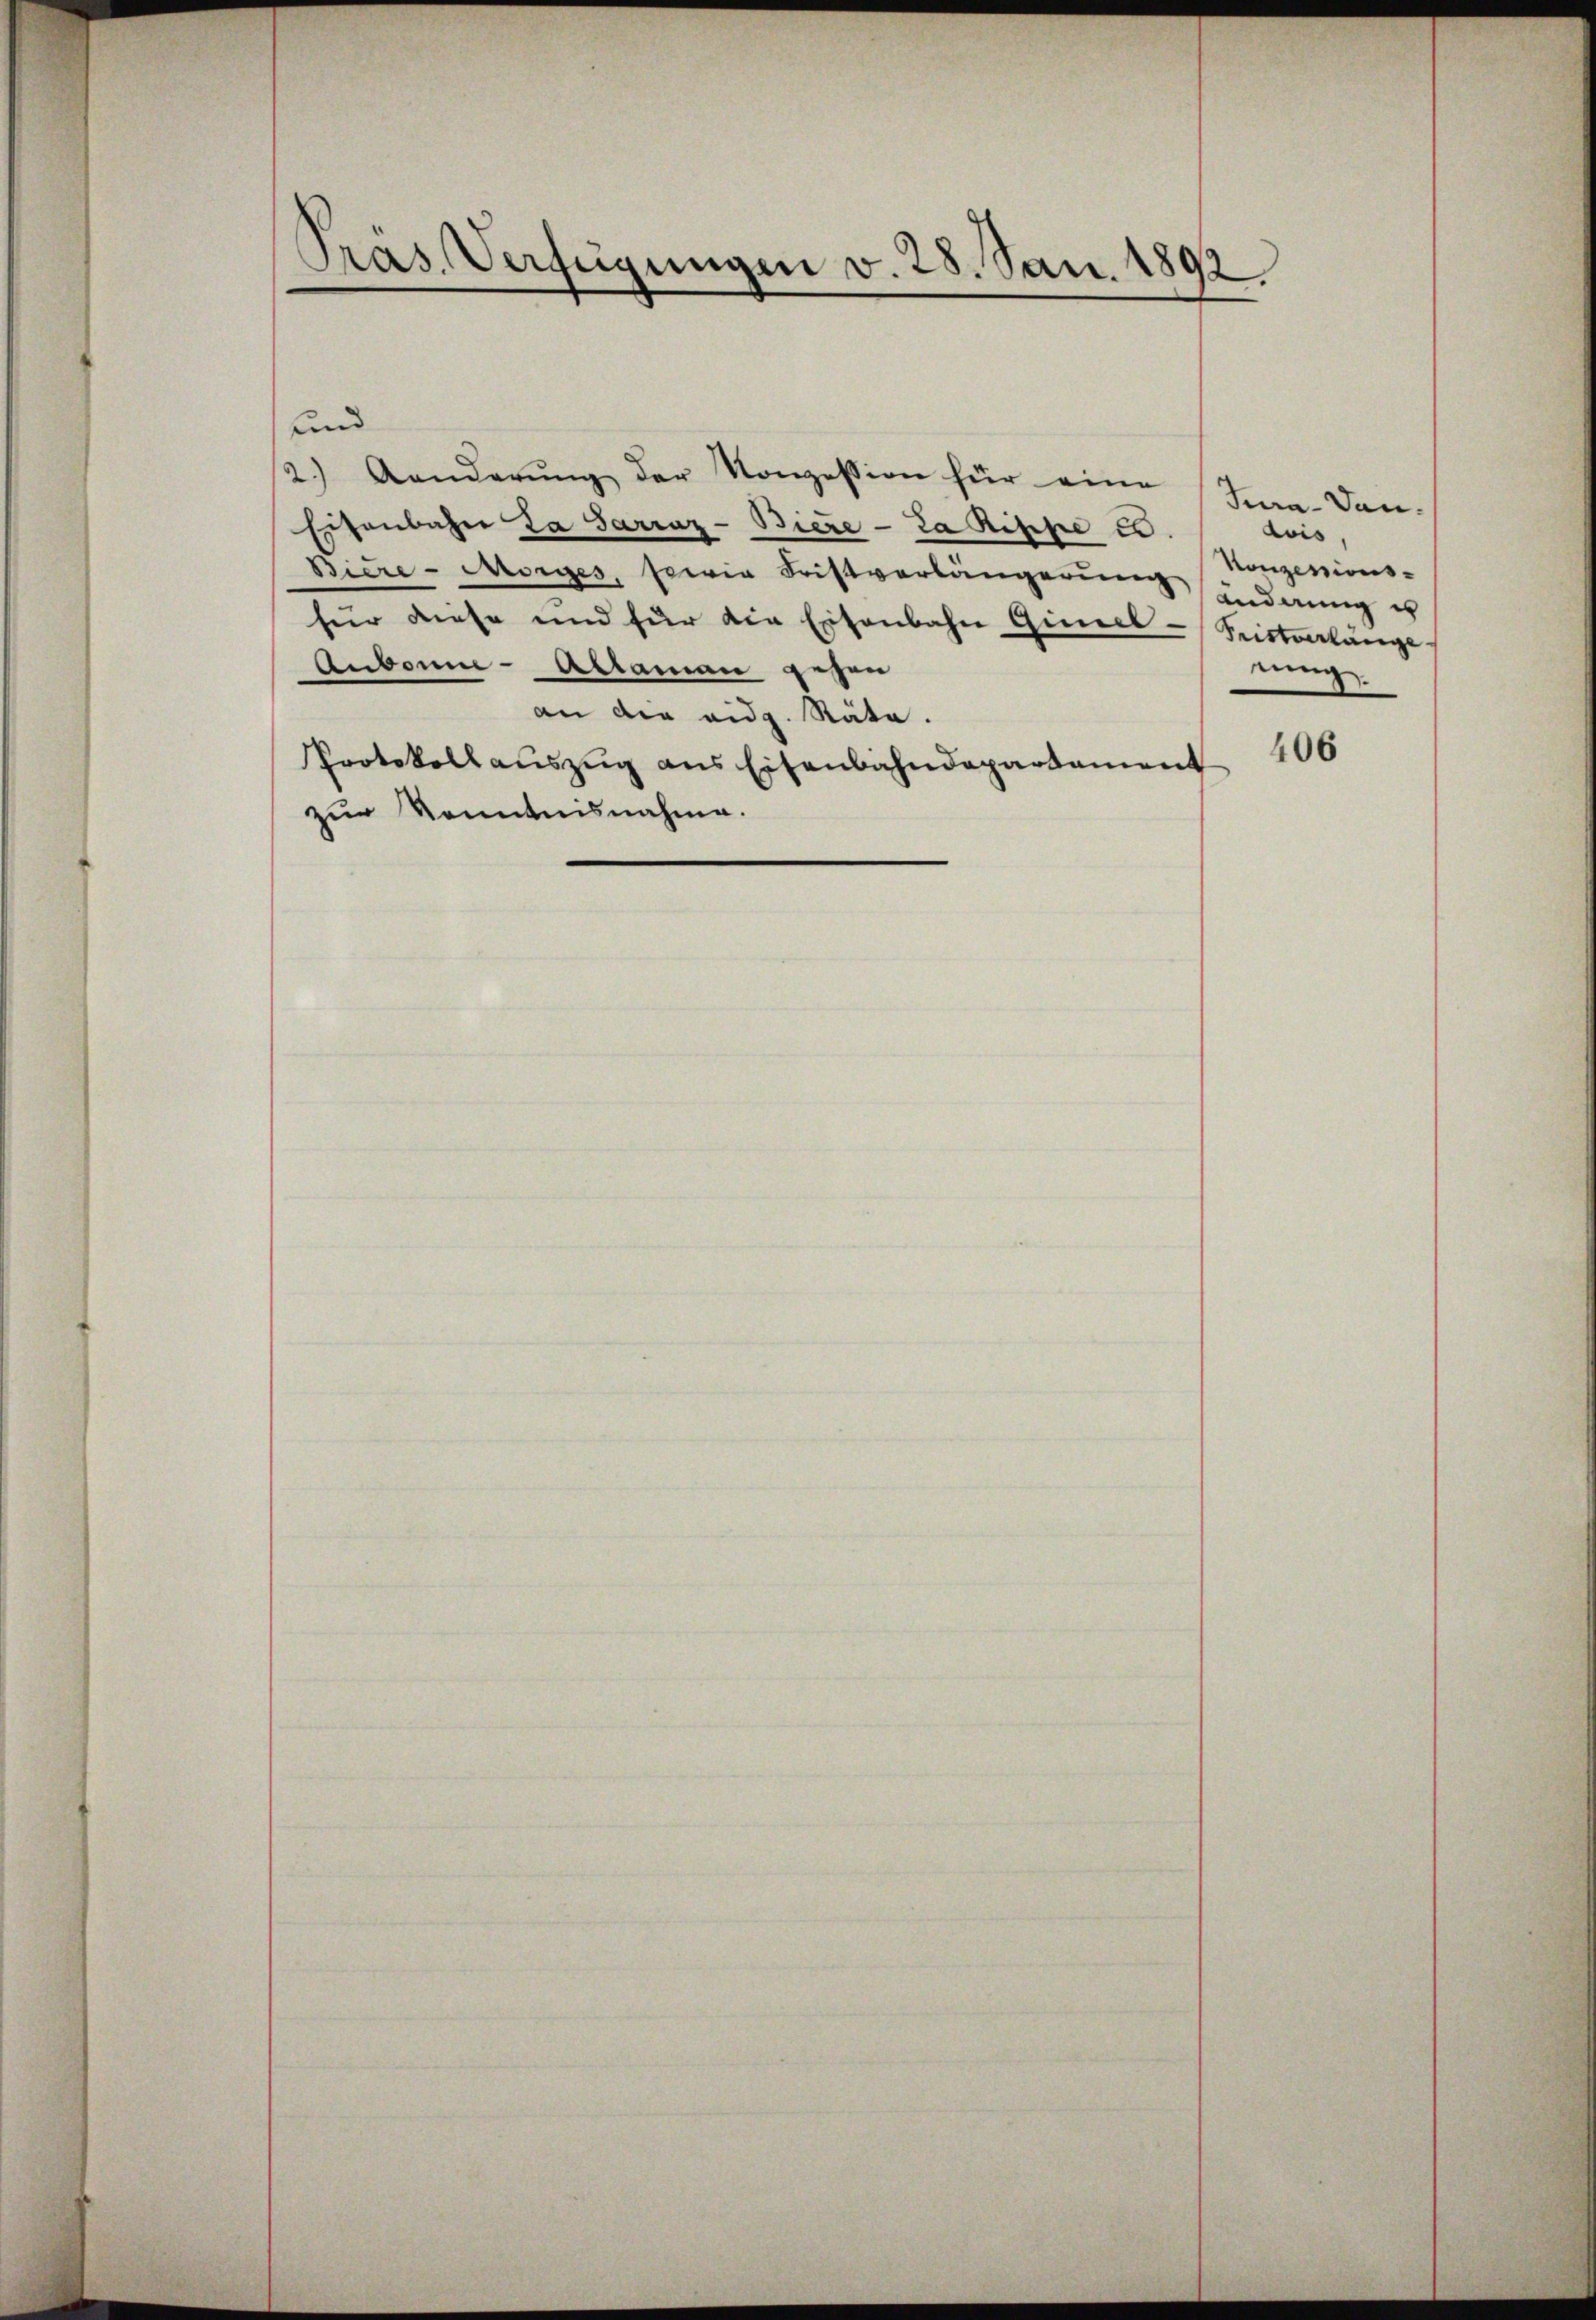
Pras. Verfügungen v. 28. Jan. 1892.

und
2.) Anderŭng der Konzession für eine
Eisenbahn La Sarraz-Bieze-La Rippe u.
Biere - Morges, sowie Fristverlängerung indung es
für diese und für die Eisenbahn Gimel-Pristverlänge
Aubonne-Aklaman gesen
an die eidg. Räte.
406
Protokollaŭszŭg ans Eisenbahndepartament
zur Kenntnisnahme.

Avis
Konzessions-
nung.

Jura-Dan¬